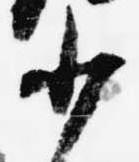
少